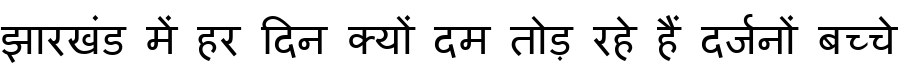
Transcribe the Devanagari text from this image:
झारखंड में हर दिन क्यों दम तोड़ रहे हैं दर्जनों बच्चे